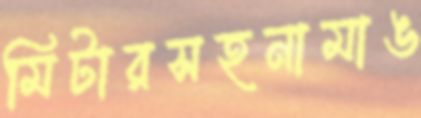
মিটারসহনামাঙ